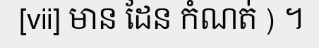
[vii] មាន ដែន កំណត់ ) ។